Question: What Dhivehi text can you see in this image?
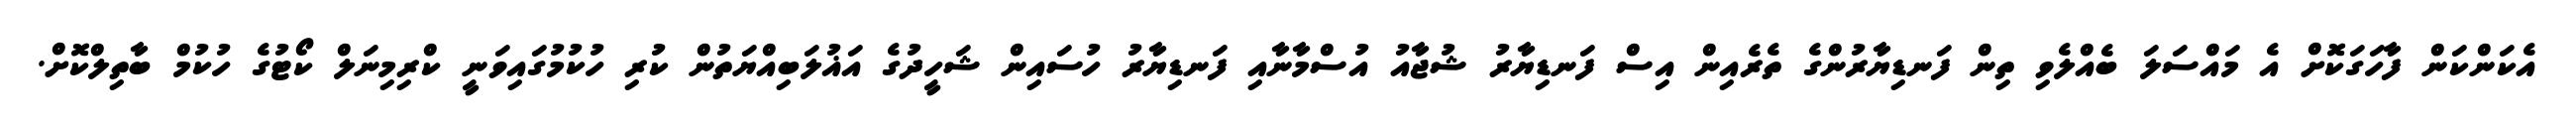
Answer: އެކަންކަން ފާހަގަކޮށް އެ މައްސަލަ ބެއްލެވި ތިން ފަނޑިޔާރުންގެ ތެރެއިން އިސް ފަނޑިޔާރު ޝުޖާއު އުސްމާނާއި ފަނޑިޔާރު ހުސައިން ޝަހީދުގެ އަޣުލަބިއްޔަތުން ކުރި ހުކުމުގައިވަނީ ކްރިމިނަލް ކޯޓުގެ ހުކުމް ބާތިލްކޮށް.